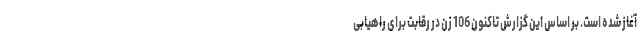
آغاز شده است. بر اساس این گزارش تاکنون 106 زن در رقابت برای راهیابی